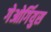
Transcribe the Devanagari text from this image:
गेओर्गियुस